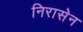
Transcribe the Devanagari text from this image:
निरासेन